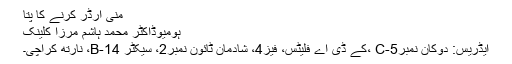
منی آرڈر کرنے کا پتا
ہومیوڈاکٹر محمد ہاشم مرزا کلینک
ایڈریس: دوکان نمبرC-5 ،کے ڈی اے فلیٹس، فیز4، شادمان ٹائون نمبر2، سیکٹر 14-B، نارتھ کراچی۔